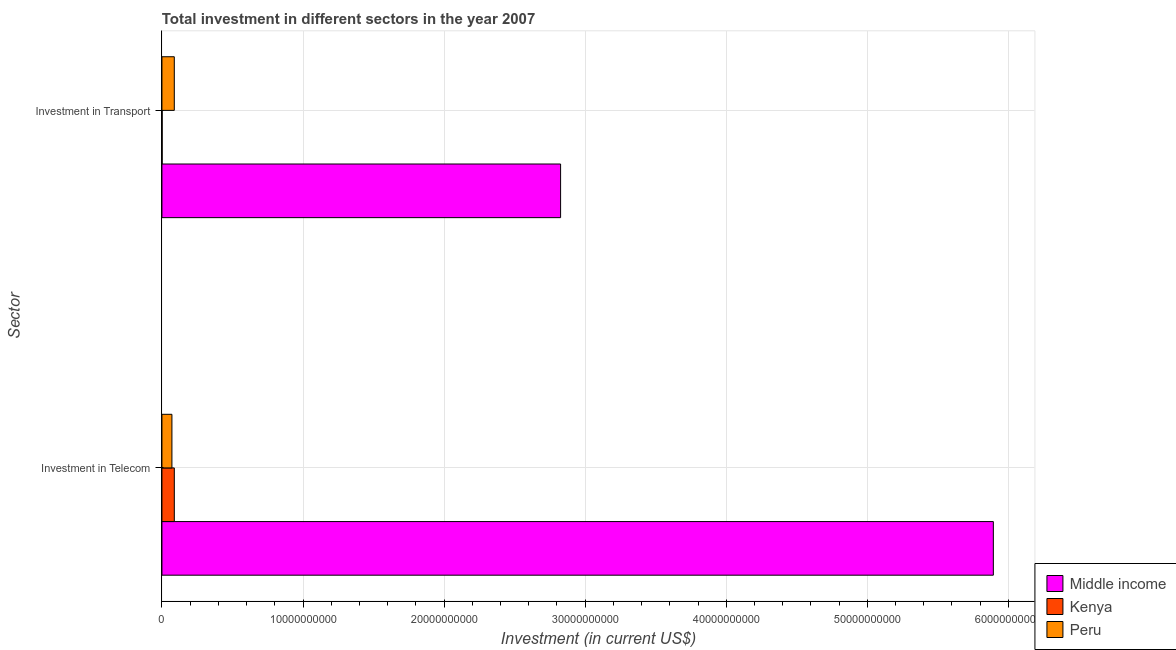
| Sector | Middle income | Kenya | Peru |
 | --- | --- | --- | --- |
 | Investment in Telecom | 5.89e+10 | 8.77e+08 | 7.07e+08 |
 | Investment in Transport | 2.83e+10 | 1.5e+07 | 8.76e+08 |